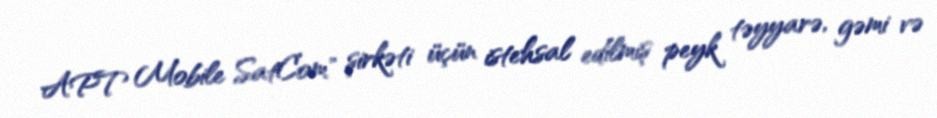
APT Mobile SatCom" şirkəti üçün istehsal edilmiş peyk təyyarə, gəmi və